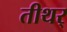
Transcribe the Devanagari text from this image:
तीथर्